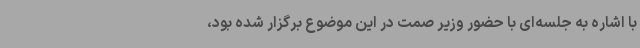
با اشاره به جلسه‌ای با حضور وزیر صمت در این موضوع برگزار شده بود،